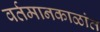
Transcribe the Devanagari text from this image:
वर्तमानकाळांत